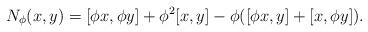
LaTeX: \begin{align*}N_\phi(x,y) = [\phi x,\phi y] +\phi^2[x,y] -\phi([\phi x,y] +[x,\phi y]). \end{align*}